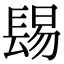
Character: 𨲎